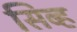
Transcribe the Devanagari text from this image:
सिब्ह